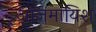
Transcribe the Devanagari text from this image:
आजमायिश